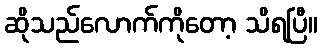
ဆိုသည်လောက်ကိုတော့ သိရပြီ။